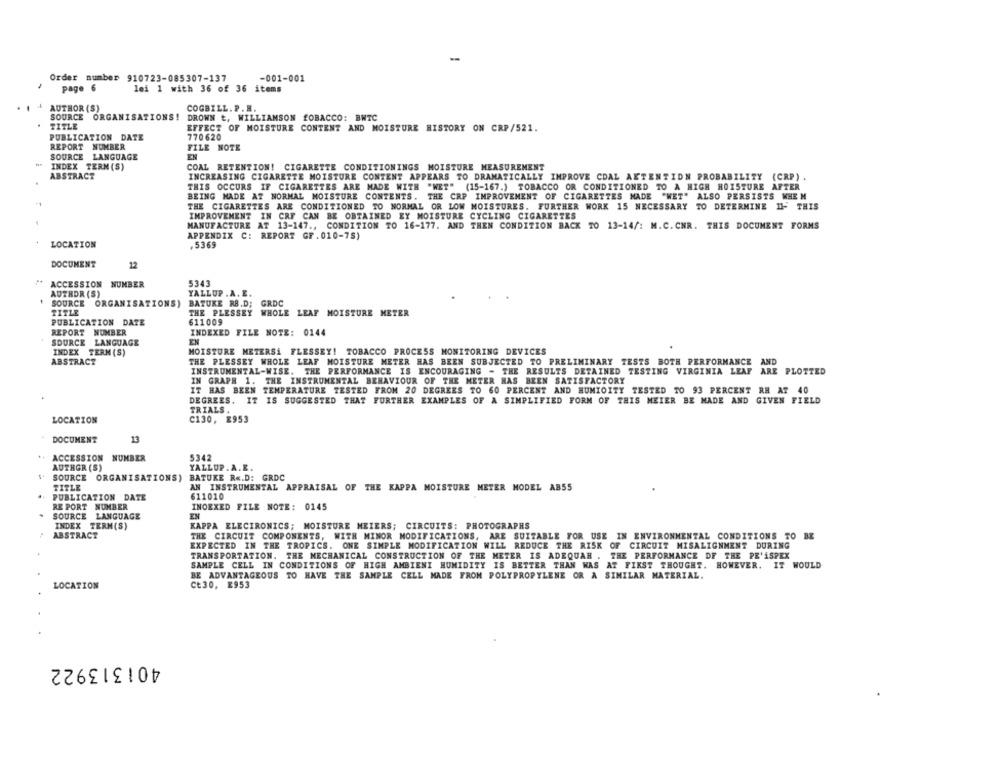
-
Order number 910723-085307-137
-001-001
page 6
lei 1 with 36 of 36 items
I . AUTHOR (S)
COGBILL. P. H.
SOURCE ORGANISATIONS! DROWN t. WILLIAMSON TOBACCO: BWTC
TITLE
EFFECT OF MOISTURE CONTENT AND MOISTURE HISTORY ON CRP/521.
PUBLICATION DATE
770620
REPORT NUMBER
FILE NOTE
SOURCE LANGUAGE
EN
INDEX TERM (S)
COAL RETENTION! CIGARETTE CONDITIONINGS MOISTURE MEASUREMENT
ABSTRACT
.
INCREASING CIGARETTE MOISTURE CONTENT APPEARS TO DRAMATICALLY IMPROVE CDAL AKTENTIDN PROBABILITY (CRP).
THIS OCCURS IF CIGARETTES ARE MADE WITH "WET" (15-167.) TOBACCO OR CONDITIONED TO A HIGH HOISTURE AFTER
BEING MADE AT NORMAL MOISTURE CONTENTS. THE CRP IMPROVEMENT OF CIGARETTES MADE "WET" ALSO PERSISTS WHEN
-1
THE CIGARETTES ARE CONDITIONED TO NORMAL OR LOW MOISTURES. FURTHER WORK 15 NECESSARY TO DETERMINE 11- THIS
IMPROVEMENT IN CRF CAN BE OBTAINED EY MOISTURE CYCLING CIGARETTES
MANUFACTURE AT 13-147 ., CONDITION TO 16-177. AND THEN CONDITION BACK TO 13-14/: M.C. CNR. THIS DOCUMENT FORMS
APPENDIX C: REPORT GF.010-7S)
.
LOCATION
.5369
DOCUMENT
12
ACCESSION NUMBER
5343
AUTHOR (S)
YALLUP .A. E.
$ SOURCE ORGANISATIONS) BATUKE RB.D; GRDC
TITLE
THE PLESSEY WHOLE LEAF MOISTURE METER
PUBLICATION DATE
611009
REPORT NUMBER
INDEXED FILE NOTE: 0144
SOURCE LANGUAGE
EN
INDEX TERM (S)
MOISTURE METERSÅ FLESSEY! TOBACCO PROCESS MONITORING DEVICES
ABSTRACT
THE PLESSEY WHOLE LEAF MOISTURE METER HAS BEEN SUBJECTED TO PRELIMINARY TESTS BOTH PERFORMANCE AND
INSTRUMENTAL-WISE. THE PERFORMANCE IS ENCOURAGING - THE RESULTS DETAINED TESTING VIRGINIA LEAF ARE PLOTTED
IN GRAPH 1. THE INSTRUMENTAL BEHAVIOUR OF THE METER HAS BEEN SATISFACTORY
IT HAS BEEN TEMPERATURE TESTED FROM 20 DEGREES TO 60 PERCENT AND HUMIDITY TESTED TO 93 PERCENT RE AT 40
DEGREES. IT IS SUGGESTED THAT FURTHER EXAMPLES OF A SIMPLIFIED FORM OF THIS MEIER BE MADE AND GIVEN FIELD
TRIALS
LOCATION
C130, E953
DOCUMENT
13
ACCESSION NUMBER
5342
AUTHGR (S)
YALLUP.A.R.
SOURCE ORGANISATIONS) BATUKE R <. D: GRDC
TITLE
AN INSTRUMENTAL APPRAISAL OF THE KAPPA MOISTURE METER MODEL AB55
..
PUBLICATION DATE
611010
RE PORT NUMBER
INOEXED FILE NOTE: 0145
SOURCE LANGUAGE
EN
INDEX TERM(S)
KAPPA ELECTRONICS; MOISTURE MEIERS; CIRCUITS: PHOTOGRAPHS
ABSTRACT
THE CIRCUIT COMPONENTS, WITH MINOR MODIFICATIONS, ARE SUITABLE FOR USE IN ENVIRONMENTAL CONDITIONS TO BE
EXPECTED IN THE TROPICS. ONE SIMPLE MODIFICATION WILL REDUCE THE RISK OF CIRCUIT MISALIGNMENT DURING
TRANSPORTATION. THE MECHANICAL CONSTRUCTION OF THE METER IS ADEQUAR . THE PERFORMANCE OF THE PE'ASPEX
SAMPLE CELL IN CONDITIONS OF HIGH AMBIENI HUMIDITY IS BETTER THAN WAS AT FIKST THOUGHT. HOWEVER. IT WOULD
BE ADVANTAGEOUS TO HAVE THE SAMPLE CELL MADE FROM POLYPROPYLENE OR A SIMILAR MATERIAL.
LOCATION
Ct30, E953
401313922